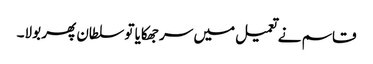
قاسم نے تعمیل میں سر جھکایا تو سلطان پھر بولا۔